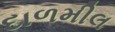
દાળમીલ